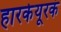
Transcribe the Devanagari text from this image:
हारकेयूरकं